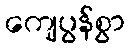
ကျေပွန်စွာ